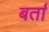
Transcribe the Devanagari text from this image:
बर्ता